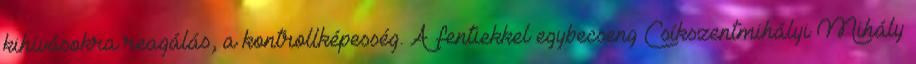
kihívásokra reagálás, a kontrollképesség. A fentiekkel egybecseng Csíkszentmihályi Mihály